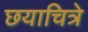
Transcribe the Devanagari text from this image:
छयाचित्रे